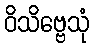
ဝိသိဗ္ဗေသုံ